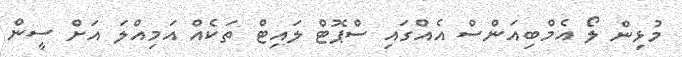
މުޅިން ލޯ އެމްބިއަންސް އެއްގައި ސްޕޮޓް ލައިޓް ތަކެއް އަމިއްލަ އަށް ސީން